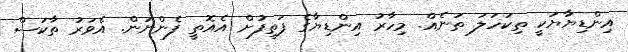
އިންޑިޔާޔަކީ ތިކަހަލަ ތަނެއް. މިހާރު އިންޑިޔާގެ ފަތިފުށް އެއޮތީ ފެންނަން. އެވަރު ތާކަސް